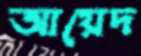
আয়েদ